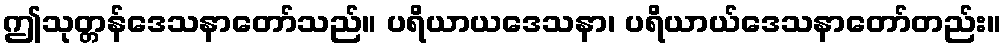
ဤသုတ္တန်ဒေသနာတော်သည်။ ပရိယာယဒေသနာ၊ ပရိယာယ်ဒေသနာတော်တည်း။